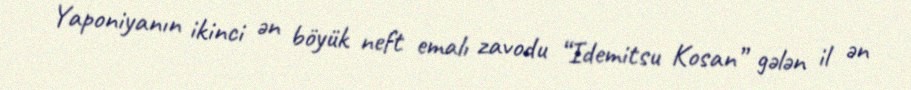
Yaponiyanın ikinci ən böyük neft emalı zavodu “Idemitsu Kosan” gələn il ən